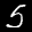
Label: 5